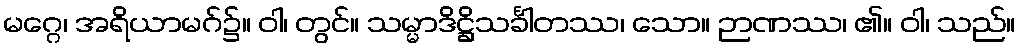
မဂ္ဂေ၊ အရိယာမဂ်၌။ ဝါ၊ တွင်။ သမ္မာဒိဋ္ဌိသင်္ခါတဿ၊ သော။ ဉာဏဿ၊ ၏။ ဝါ၊ သည်။